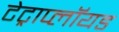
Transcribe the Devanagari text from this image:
टेट्राप्लॉयड